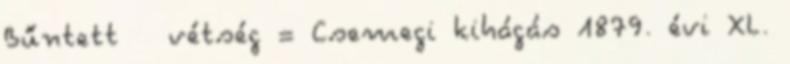
Bűntett vétség = Csemegi kihágás 1879. évi XL.